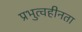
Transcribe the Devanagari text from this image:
प्रभुत्वहीनता